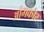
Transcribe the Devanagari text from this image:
आंगकोर